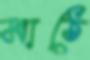
মাঠে